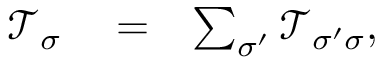
\begin{array} { r l r } { \mathcal { T } _ { \sigma } } & { { } = } & { \sum _ { \sigma ^ { \prime } } \mathcal { T } _ { \sigma ^ { \prime } \sigma } , } \end{array}